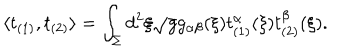
\langle t _ { ( 1 ) } , t _ { ( 2 ) } \rangle = \int _ { \Sigma } d ^ { 2 } \xi \sqrt { g } g _ { \alpha \beta } ( \xi ) t _ { ( 1 ) } ^ { \alpha } ( \xi ) t _ { ( 2 ) } ^ { \beta } ( \xi ) .